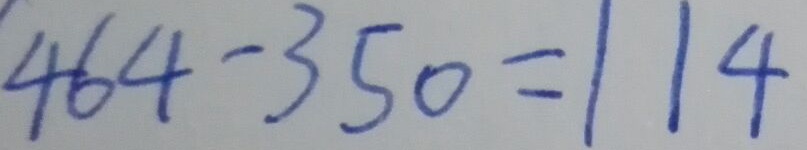
4 6 4 - 3 5 0 = 1 1 4